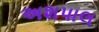
અશપાલ